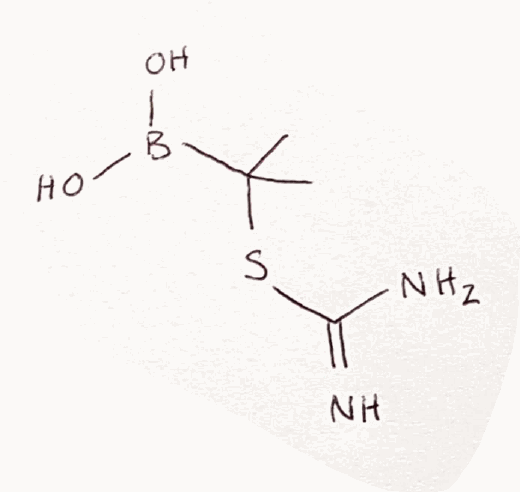
Simplified molecular-input line-entry system (SMILES) notation of the given molecule:
B(C(C)(C)SC(=N)N)(O)O